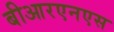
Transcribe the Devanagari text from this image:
बीआरएनएस